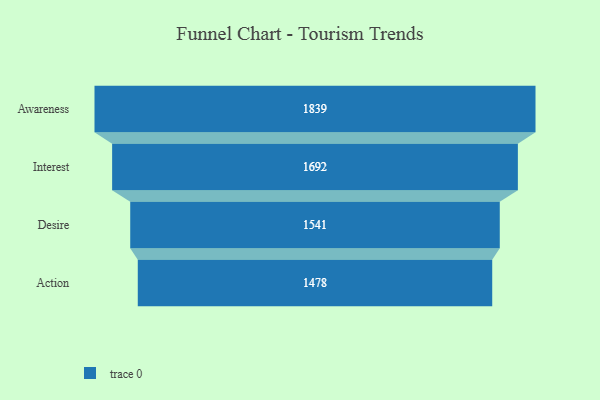
{"axis": {"x": "Stage", "y": "Value"}, "legend": [""], "data": [{"x": "Awareness", "y": 1839.0, "type": ""}, {"x": "Interest", "y": 1692.0, "type": ""}, {"x": "Desire", "y": 1541.0, "type": ""}, {"x": "Action", "y": 1478.0, "type": ""}]}